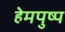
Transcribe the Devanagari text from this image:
हेमपुष्प